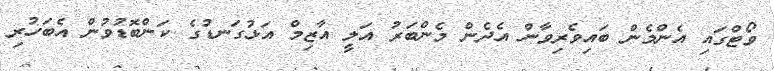
ވޯޓްގައި އެންމެން ބައިވެރިވާން އެދެން މެންބަރު އަލީ އާޒިމް އަޅުގަނޑުގެ ކަންބޮޑުވުން އެބަހުރި